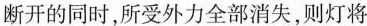
断开的同时，所受外力全部消失，则灯将